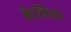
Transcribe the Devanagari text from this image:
केलिसर